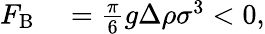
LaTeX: \begin{array}{rl}{F_{\mathrm{B}}}&{{}=\frac{\pi}{6}g\Delta\rho\sigma^{3}<0,}\end{array}